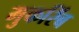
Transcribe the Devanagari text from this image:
मुकरिंब